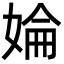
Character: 婨